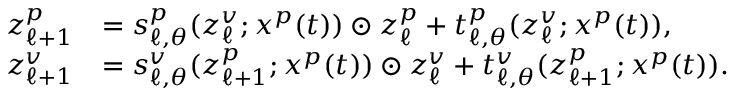
\begin{array} { r l } { z _ { \ell + 1 } ^ { p } } & { = s _ { \ell , \theta } ^ { p } ( z _ { \ell } ^ { v } ; x ^ { p } ( t ) ) \odot z _ { \ell } ^ { p } + t _ { \ell , \theta } ^ { p } ( z _ { \ell } ^ { v } ; x ^ { p } ( t ) ) , } \\ { z _ { \ell + 1 } ^ { v } } & { = s _ { \ell , \theta } ^ { v } ( z _ { \ell + 1 } ^ { p } ; x ^ { p } ( t ) ) \odot z _ { \ell } ^ { v } + t _ { \ell , \theta } ^ { v } ( z _ { \ell + 1 } ^ { p } ; x ^ { p } ( t ) ) . } \end{array}